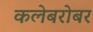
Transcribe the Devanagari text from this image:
कलेबरोबर